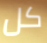
كل